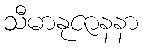
သီမာနုဇာနနာ